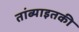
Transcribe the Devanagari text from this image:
तांब्याइतकी